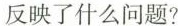
反映了什么问题